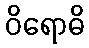
ဝိရောဓိ